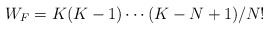
\begin{align*}W_{F} = K (K-1) \cdots (K-N+1) / N!\end{align*}